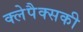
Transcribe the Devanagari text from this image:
क्लेपैक्सकी